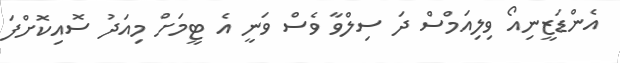
އެންޑަޒީނިއޯ ވިލިއަމްސް ދަ ސިލްވާ ވެސް ވަނީ އެ ޓީމަށް މިއަދު ސޮއިކޮށްފަ